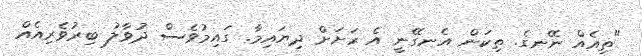
"ތިއެއް ނޭނގެ. ތިކަން އެނގޭނީ އެ ރަށަށް ދިޔައިމާ. ގައިމުވެސް ދުވާލު ބިރުވެރިއެއް